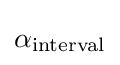
\alpha _{\text{interval}}